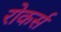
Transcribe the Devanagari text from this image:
रोकर्स